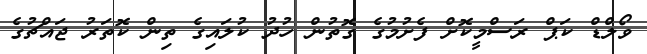
ވޯލްޑް ކަޕް ރަސްމީކޮށް ފެށުމުގެ ގޮތުން ހުދު ކުލައިގެ ތިން ކޮތަރު ޖައްޗުގެ